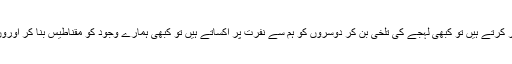
کبھی لفظ کی صورت دلوں کو مسخر کرتے ہیں تو کبھی لہجے کی تلخی بن کر دوسروں کو ہم سے نفرت پر اُکساتے ہیں تو کبھی ہمارے وجود کو مقناطیس بنا کر اوروں کو طواف پر مجبور کر دیتے ہیں۔